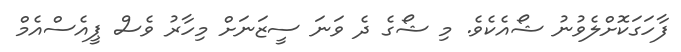
ފާހަގަކޮށްލެވުނު ޝޯއެކެވެ. މި ޝޯގެ ދެ ވަނަ ސީޒަނަށް މިހާރު ވެސް ޕީއެސްއެމް